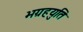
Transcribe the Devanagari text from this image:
भग्रहयुति